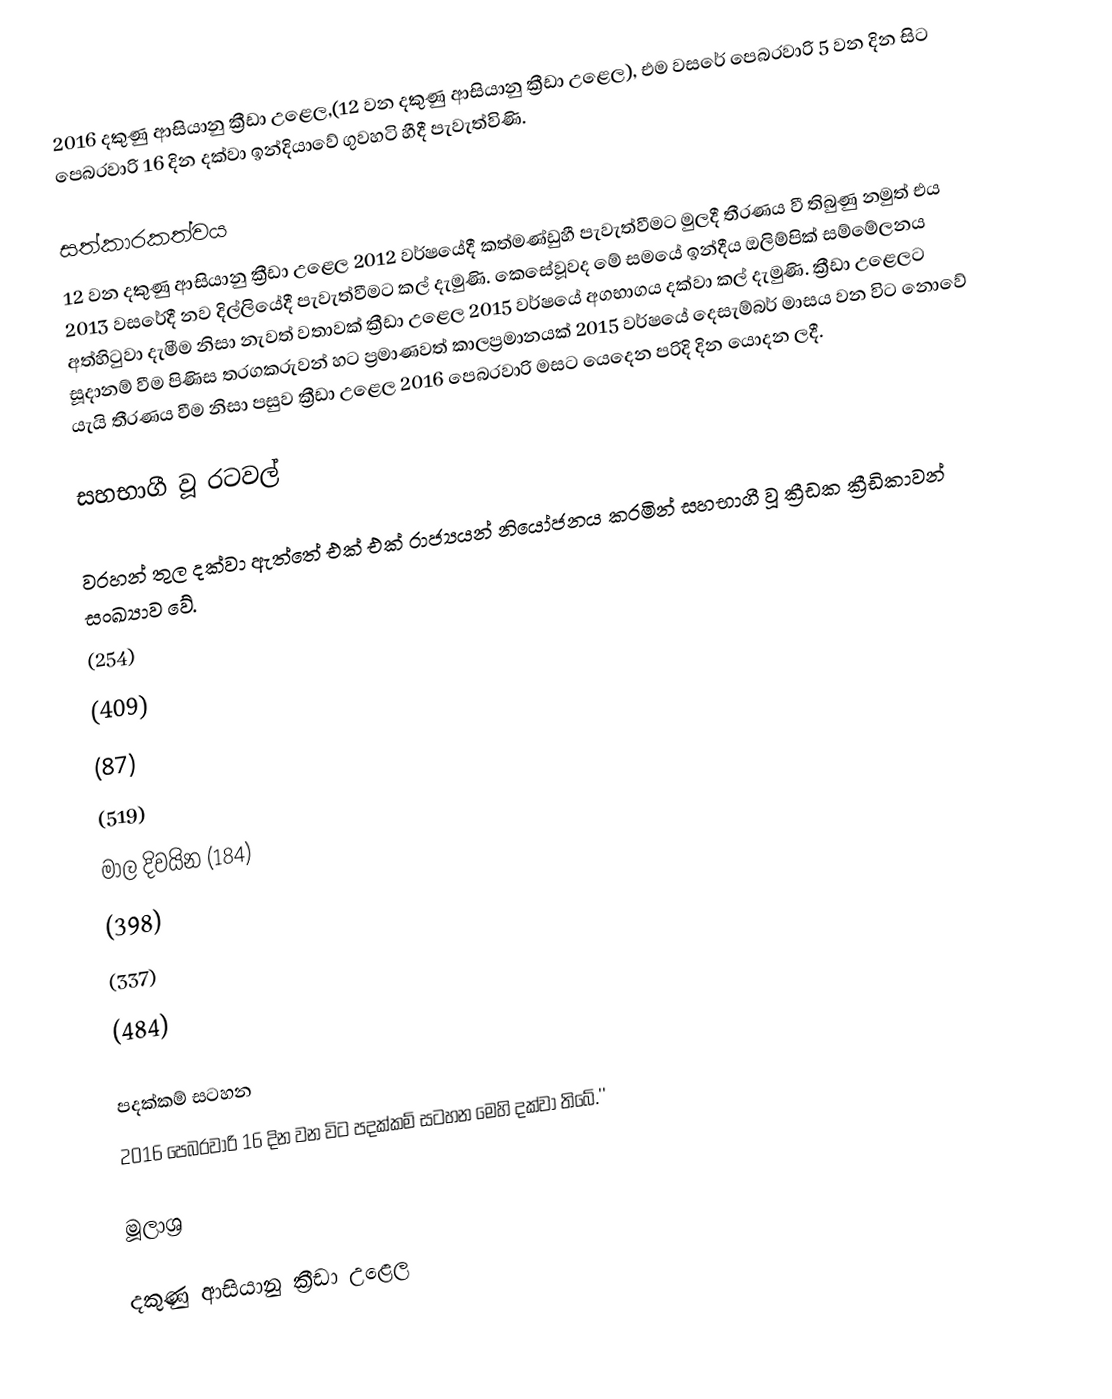
2016 දකුණු ආසියානු ක්‍රීඩා උළෙල,(12 වන දකුණු ආසියානු ක්‍රීඩා උළෙල), එම වසරේ පෙබරවාරි 5 වන දින සිට පෙබරවාරි 16 දින දක්වා ඉන්දියාවේ ගුවහටි හීදී පැවැත්විණි.

සත්කාරකත්වය
12 වන දකුණු ආසියානු ක්‍රීඩා උළෙල 2012 වර්ෂයේදී කත්මණ්ඩුහී පැවැත්වීමට මුලදී තීරණය වී තිබුණු නමුත් එය 2013 වසරේදී නව දිල්ලියේදී පැවැත්වීමට කල් දැමුණි. කෙසේවූවද මේ සමයේ ඉන්දීය ඔලිම්පික් සම්මේලනය අත්හිටුවා දැමීම නිසා නැවත් වතාවක් ක්‍රීඩා උළෙල 2015 වර්ෂයේ අගභාගය දක්වා කල් දැමුණි. ක්‍රීඩා උළෙලට සූදානම් වීම පිණිස තරගකරුවන් හට ප්‍රමාණවත් කාලප්‍රමානයක් 2015 වර්ෂයේ දෙසැම්බර් මාසය වන විට නොවේ යැයි තීරණය වීම නිසා පසුව ක්‍රීඩා උළෙල 2016 පෙබරවාරි මසට යෙදෙන පරිදි දින යොදන ලදී.

සහභාගී වූ රටවල්

වරහන් තුල දක්වා ඇත්තේ එක් එක් රාජ්‍යයන් නියෝජනය කරමින් සහභාගී වූ ක්‍රීඩක ක්‍රීඩිකාවන් සංඛ්‍යාව වේ.
 (254)
 (409)
 (87)
 (519)
 මාල දිවයින (184)
 (398)
 (337)
 (484)

පදක්කම් සටහන
2016 පෙබරවාරි 16 දින වන විට පදක්කම් සටහන මෙහි දක්වා තිබේ.''

මූලාශ්‍ර

දකුණු ආසියානු ක්‍රීඩා උළෙල